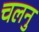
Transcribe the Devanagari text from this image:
चलनु